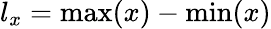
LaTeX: l_{x}=\operatorname*{max}(x)-\operatorname*{min}(x)